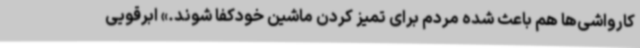
کارواشی‌ها هم باعث شده مردم برای تمیز کردن ماشین خودکفا شوند.» ابرقویی